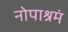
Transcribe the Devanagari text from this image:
नोपाश्रमं